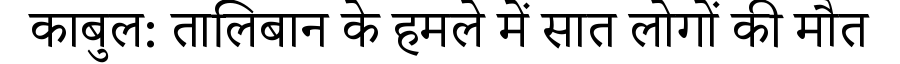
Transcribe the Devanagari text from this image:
काबुल: तालिबान के हमले में सात लोगों की मौत